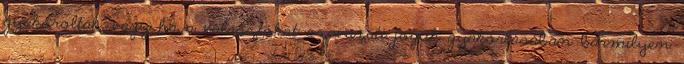
gyakoroltak, vagy ha a választókat szavazati joguk gyakorlásában bármilyen